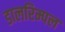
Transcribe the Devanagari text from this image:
डालरिम्पल